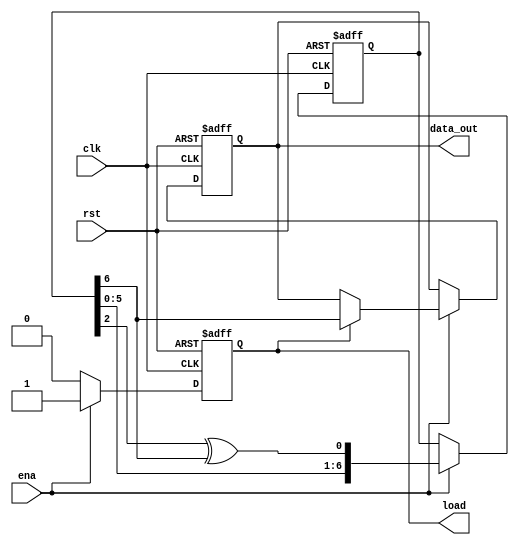
module m_sequence(clk,rst,ena,data_out,load);

input clk;                        //
input rst;                        //
input ena;                        //
output data_out;
output load;                      //
reg data_out,load;
reg [6:0]temp;                    //7127m

always @(posedge clk or negedge rst) begin
    if(!rst) begin
            data_out <= 0;
            load <= 1'b0;            //
            temp <= 7'b1111_111;     //1
    end
    else begin                       //
        if(ena) begin                //
                //
                load <= 1'b1;        //        
                temp <= {temp[5:0],temp[2]^temp[6]};        //f(x)=x^7+x^3+1
                //m
            if(load)    data_out <= temp[6];
        end
        else load <= 1'b0;    //
    end
end

endmodule